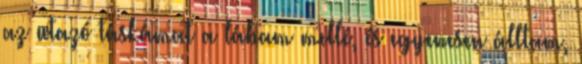
az utazó táskámat a lábam mellé, és egyenesen álltam,